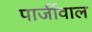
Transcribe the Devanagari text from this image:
पार्जीवाल